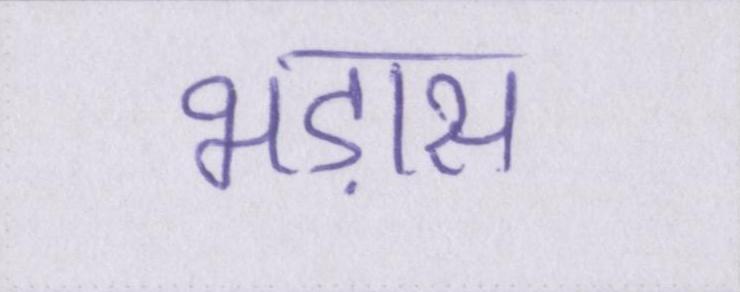
भड़ास